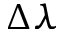
\Delta \lambda